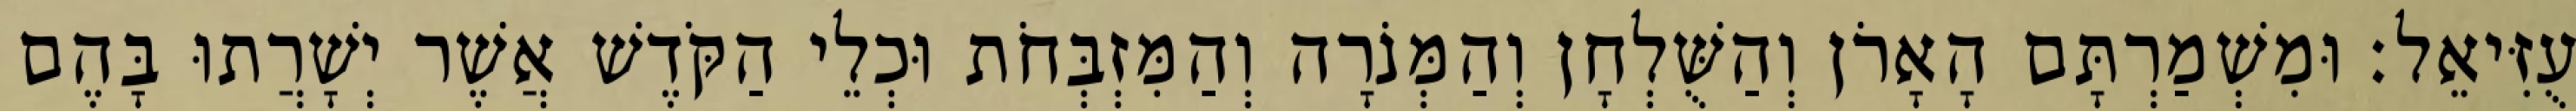
עֻזִּיאֵל׃ וּמִשְׁמַרְתָּם הָאָרֹן וְהַשֻּׁלְחָן וְהַמְּנֹרָה וְהַמִּזְבְּחֹת וּכְלֵי הַקֹּדֶשׁ אֲשֶׁר יְשָׁרֲתוּ בָּהֶם